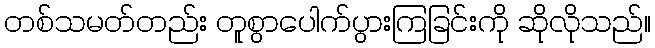
တစ်သမတ်တည်း တူစွာပေါက်ပွားကြခြင်းကို ဆိုလိုသည်။